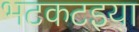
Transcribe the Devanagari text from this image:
भटकटइया